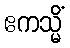
ဧကသ္မိံ